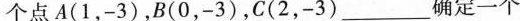
个点A(1，-3)，B(0，-3)，C(2，-3)___确定一个